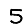
Digit: 5